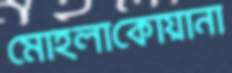
মোহলাকোয়ানা